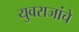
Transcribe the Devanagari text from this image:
युवराजांचे